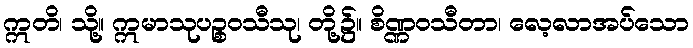
ဣတိ၊ သို့။ ဣမာသုပဉ္စဝသီသု၊ တို့၌။ စိဏ္ဏဝသီတာ၊ လေ့လာအပ်သော